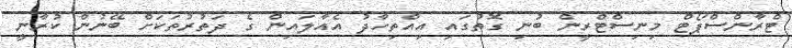
ޓްރާންސްޕޯޓް މިނިސްޓްރީން ބުނި ގޮތުގައި އިއްތިހާދު އެއާލައިން ގެ ދަތުރުތަކަށް ބޭނުން ކުރާނީ